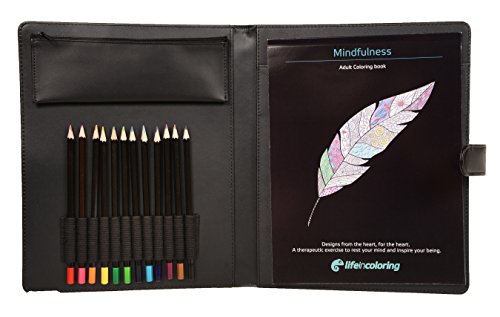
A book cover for Complete Adult Coloring Kit.Portable Case,Coloring Book"Mindfulness",pencil bag,sharpener&colored pencils.Universal sized for all books,pens&pencils!Join Millions in the Secret of Coloring.Great Gift.; Humor & Entertainment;